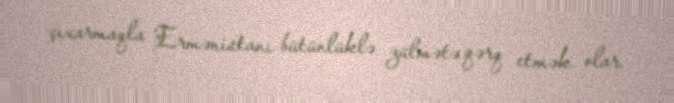
çıxarmaqla Ermənistanı bütünlüklə zülmətə qərq etmək olar.